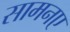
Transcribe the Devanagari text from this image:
सामनए